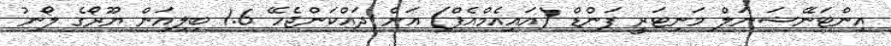
އިންޓަނޭޝަނަލް މަނިޓަރީ ފަންޑް (އައިއެމްއެފް) އަށް ދައްކަންޖެހޭ 1.6 ބިލިއަން ޔޫރޯގެ ލޯނު